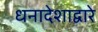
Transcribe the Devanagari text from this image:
धनादेशाद्वारे